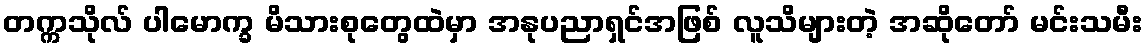
တက္ကသိုလ် ပါမောက္ခ မိသားစုတွေထဲမှာ အနုပညာရှင်အဖြစ် လူသိများတဲ့ အဆိုတော် မင်းသမီး